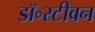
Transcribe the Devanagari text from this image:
डॉ॰स्टीवन